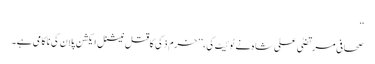
‘‘
صحافی مرتضیٰ علی شاہ نے ٹوئیٹ کی،’’ خرم ذکی کا قتل نیشنل ایکشن پلان کی ناکامی ہے۔